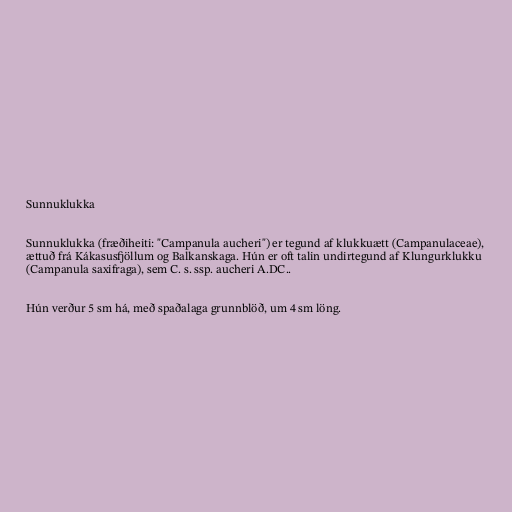
Sunnuklukka

Sunnuklukka (fræðiheiti: "Campanula aucheri") er tegund af klukkuætt (Campanulaceae),
ættuð frá Kákasusfjöllum og Balkanskaga. Hún er oft talin undirtegund af Klungurklukku
(Campanula saxifraga), sem C. s. ssp. aucheri A.DC..

Hún verður 5 sm há, með spaðalaga grunnblöð, um 4 sm löng.